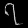
Digit: ၇